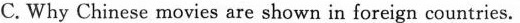
C. Why Chinese movies are shown in foreign countries.